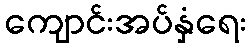
ကျောင်းအပ်နှံရေး